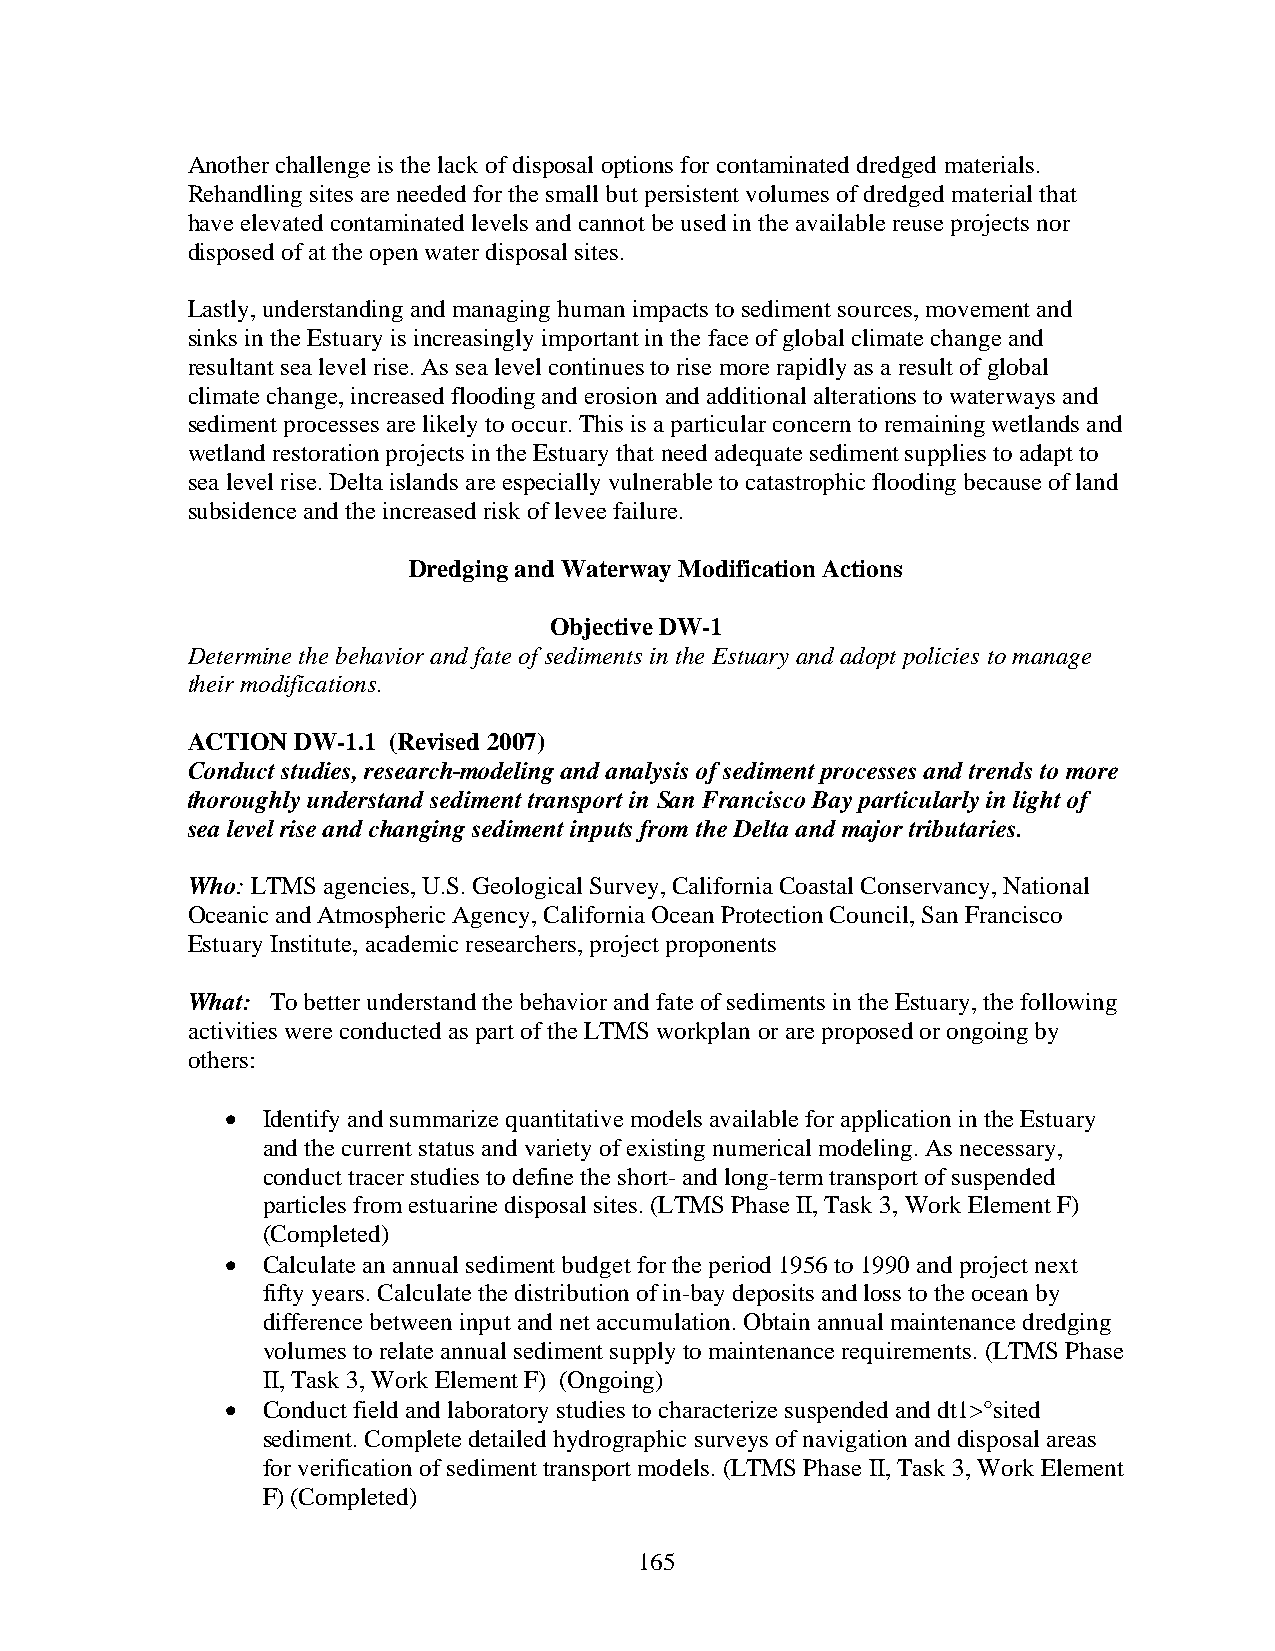
Another challenge is the lack of disposal options for contaminated dredged materials.
 Rehandling sites are needed for the small but persistent volumes of dredged material that
 have elevated contaminated levels and cannot be used in the available reuse projects nor
 disposed of at the open water disposal sites.
 Lastly, understanding and managing human impacts to sediment sources, movement and
 sinks in the Estuary is increasingly important in the face of global climate change and
 resultant sea level rise. As sea level continues to rise more rapidly as a result of global
 climate change, increased flooding and erosion and additional alterations to waterways and
 sediment processes are likely to occur. This is a particular concern to remaining wetlands and
 wetland restoration projects in the Estuary that need adequate sediment supplies to adapt to
 sea level rise. Delta islands are especially vulnerable to catastrophic flooding because of land
 subsidence and the increased risk of levee failure.
 Dredging and Waterway Modification Actions
 Objective DW-1
 Determine the behavior and fate of sediments in the Estuary and adopt policies to manage
 their modifications.
 ACTION DW-1.1 (Revised 2007)
 Conduct studies, research modeling and analysis of sediment processes and trends to more
 thoroughly understand sediment transport in San Francisco Bay particularly in light of
 sea level rise and changing sediment inputs from the Delta and major tributaries.
 Who: LTMS agencies, U.S. Geological Survey, California Coastal Conservancy, National
 Oceanic and Atmospheric Agency, California Ocean Protection Council, San Francisco
 Estuary Institute, academic researchers, project proponents
 What: To better understand the behavior and fate of sediments in the Estuary, the following
 activities were conducted as part of the LTMS workplan or are proposed or ongoing by
 others:
 • Identify and summarize quantitative models available for application in the Estuary
 and the current status and variety of existing numerical modeling. As necessary,
 conduct tracer studies to define the short- and long-term transport of suspended
 particles from estuarine disposal sites. (LTMS Phase II, Task 3, Work Element F)
 (Completed)
 • Calculate an annual sediment budget for the period 1956 to 1990 and project next
 fifty years. Calculate the distribution of in-bay deposits and loss to the ocean by
 difference between input and net accumulation. Obtain annual maintenance dredging
 volumes to relate annual sediment supply to maintenance requirements. (LTMS Phase
 II, Task 3, Work Element F) (Ongoing)
 • Conduct field and laboratory studies to characterize suspended and dt1>°sited
 sediment. Complete detailed hydrographic surveys of navigation and disposal areas
 for verification of sediment transport models. (LTMS Phase II, Task 3, Work Element
 F) (Completed)
 165